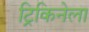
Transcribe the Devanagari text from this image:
ट्रिकिनेला